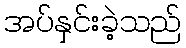
အပ်နှင်းခဲ့သည်